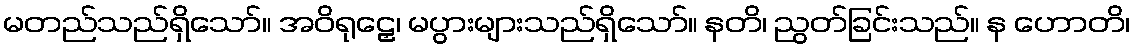
မတည်သည်ရှိသော်။ အဝိရုဠှေ၊ မပွားများသည်ရှိသော်။ နတိ၊ ညွတ်ခြင်းသည်။ န ဟောတိ၊